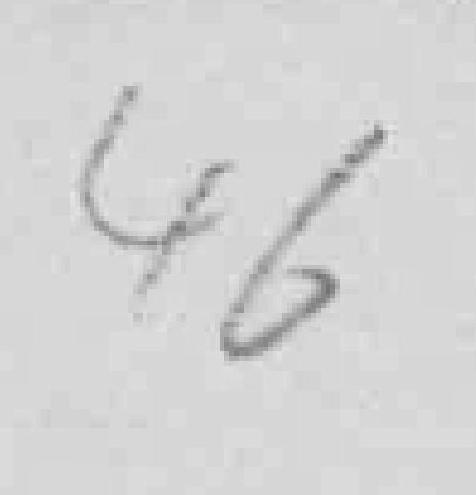
46